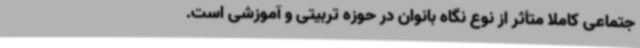
جتماعی کاملاً متأثر از نوع نگاه بانوان در حوزه تربیتی و آموزشی است.